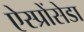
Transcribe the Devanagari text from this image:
ऐस्प्रोंसेडा